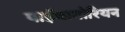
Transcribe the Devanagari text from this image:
पाईथागोरियन